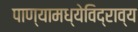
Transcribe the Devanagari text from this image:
पाण्यामध्येविद्राव्य